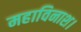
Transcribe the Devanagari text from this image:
महाविनाश।